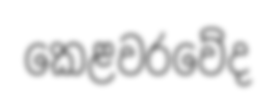
කෙළවරවේද